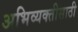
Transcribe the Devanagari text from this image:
अभिव्यक्तीसाठी